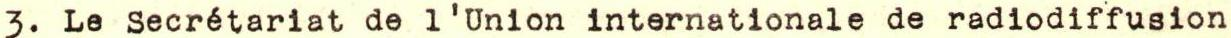
3. Le Secrétariat de l'Union internationale de radiodiffusion